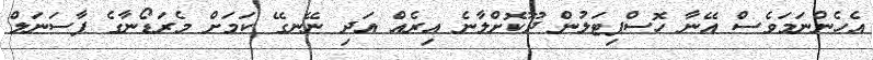
އެހެންނަމަވެސް އޭނާ ހޮސްޕިޓަލުން ދޫކޮށްލާނެ އިރެއް އަދި ނޭނގޭ ކަމަށް މެރަޑޯނާގެ ޕާސަނަލް